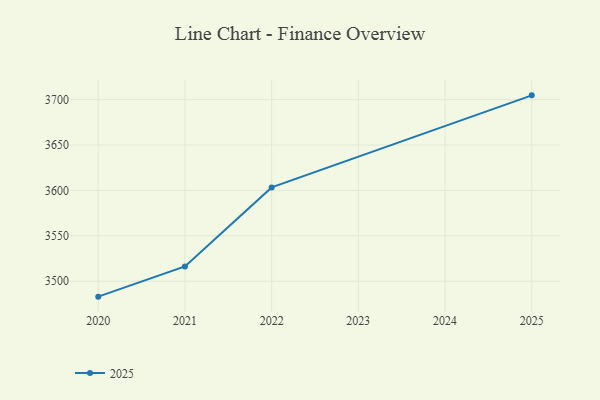
{"axis": {"x": "Year", "y": "Gross Profit (USD K)"}, "legend": ["2025"], "data": [{"x": "2025", "y": 3704.7, "type": "2025"}, {"x": "2022", "y": 3603.3, "type": "2025"}, {"x": "2021", "y": 3516.3, "type": "2025"}, {"x": "2020", "y": 3483.0, "type": "2025"}]}